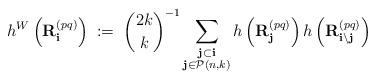
LaTeX: \begin{align*} h^W\left({\bf R}^{(pq)}_{{\bf i}}\right) \;:=\;{2k \choose k}^{-1}\sum_{\substack{{\bf j} \subset {\bf i} \\ {\bf j} \in \mathcal{P}(n, k)}} h\left({\bf R}^{(pq)}_{{\bf j}}\right) h\left({\bf R}^{(pq)}_{{\bf i}\setminus {\bf j}}\right)\end{align*}